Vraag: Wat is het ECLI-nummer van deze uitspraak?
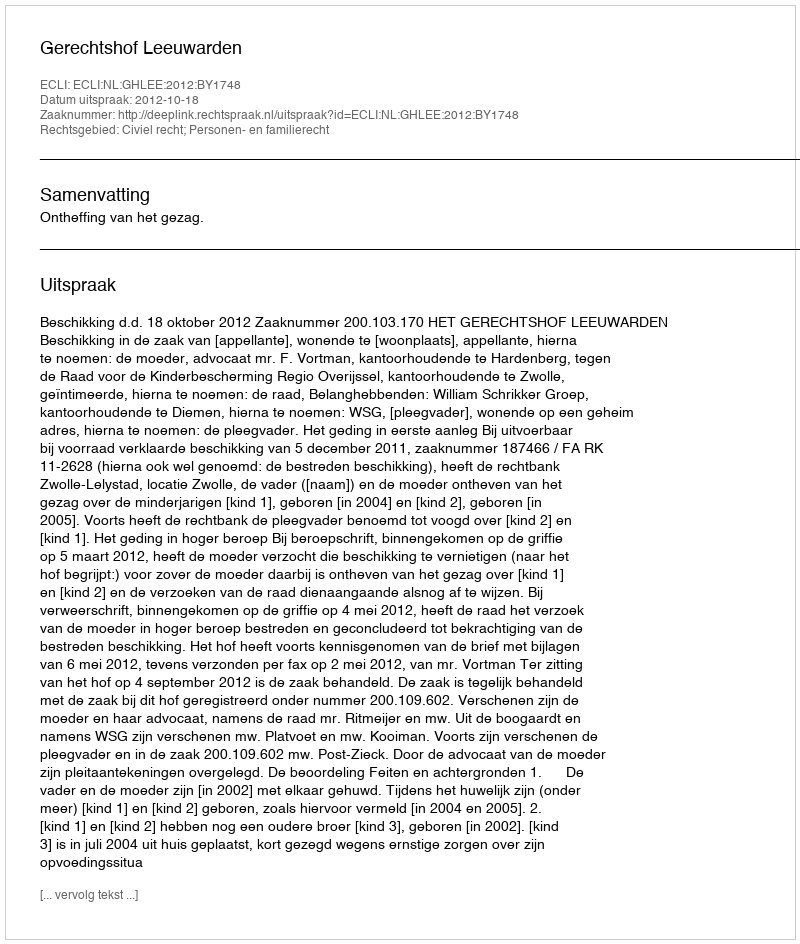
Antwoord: ECLI:NL:GHLEE:2012:BY1748